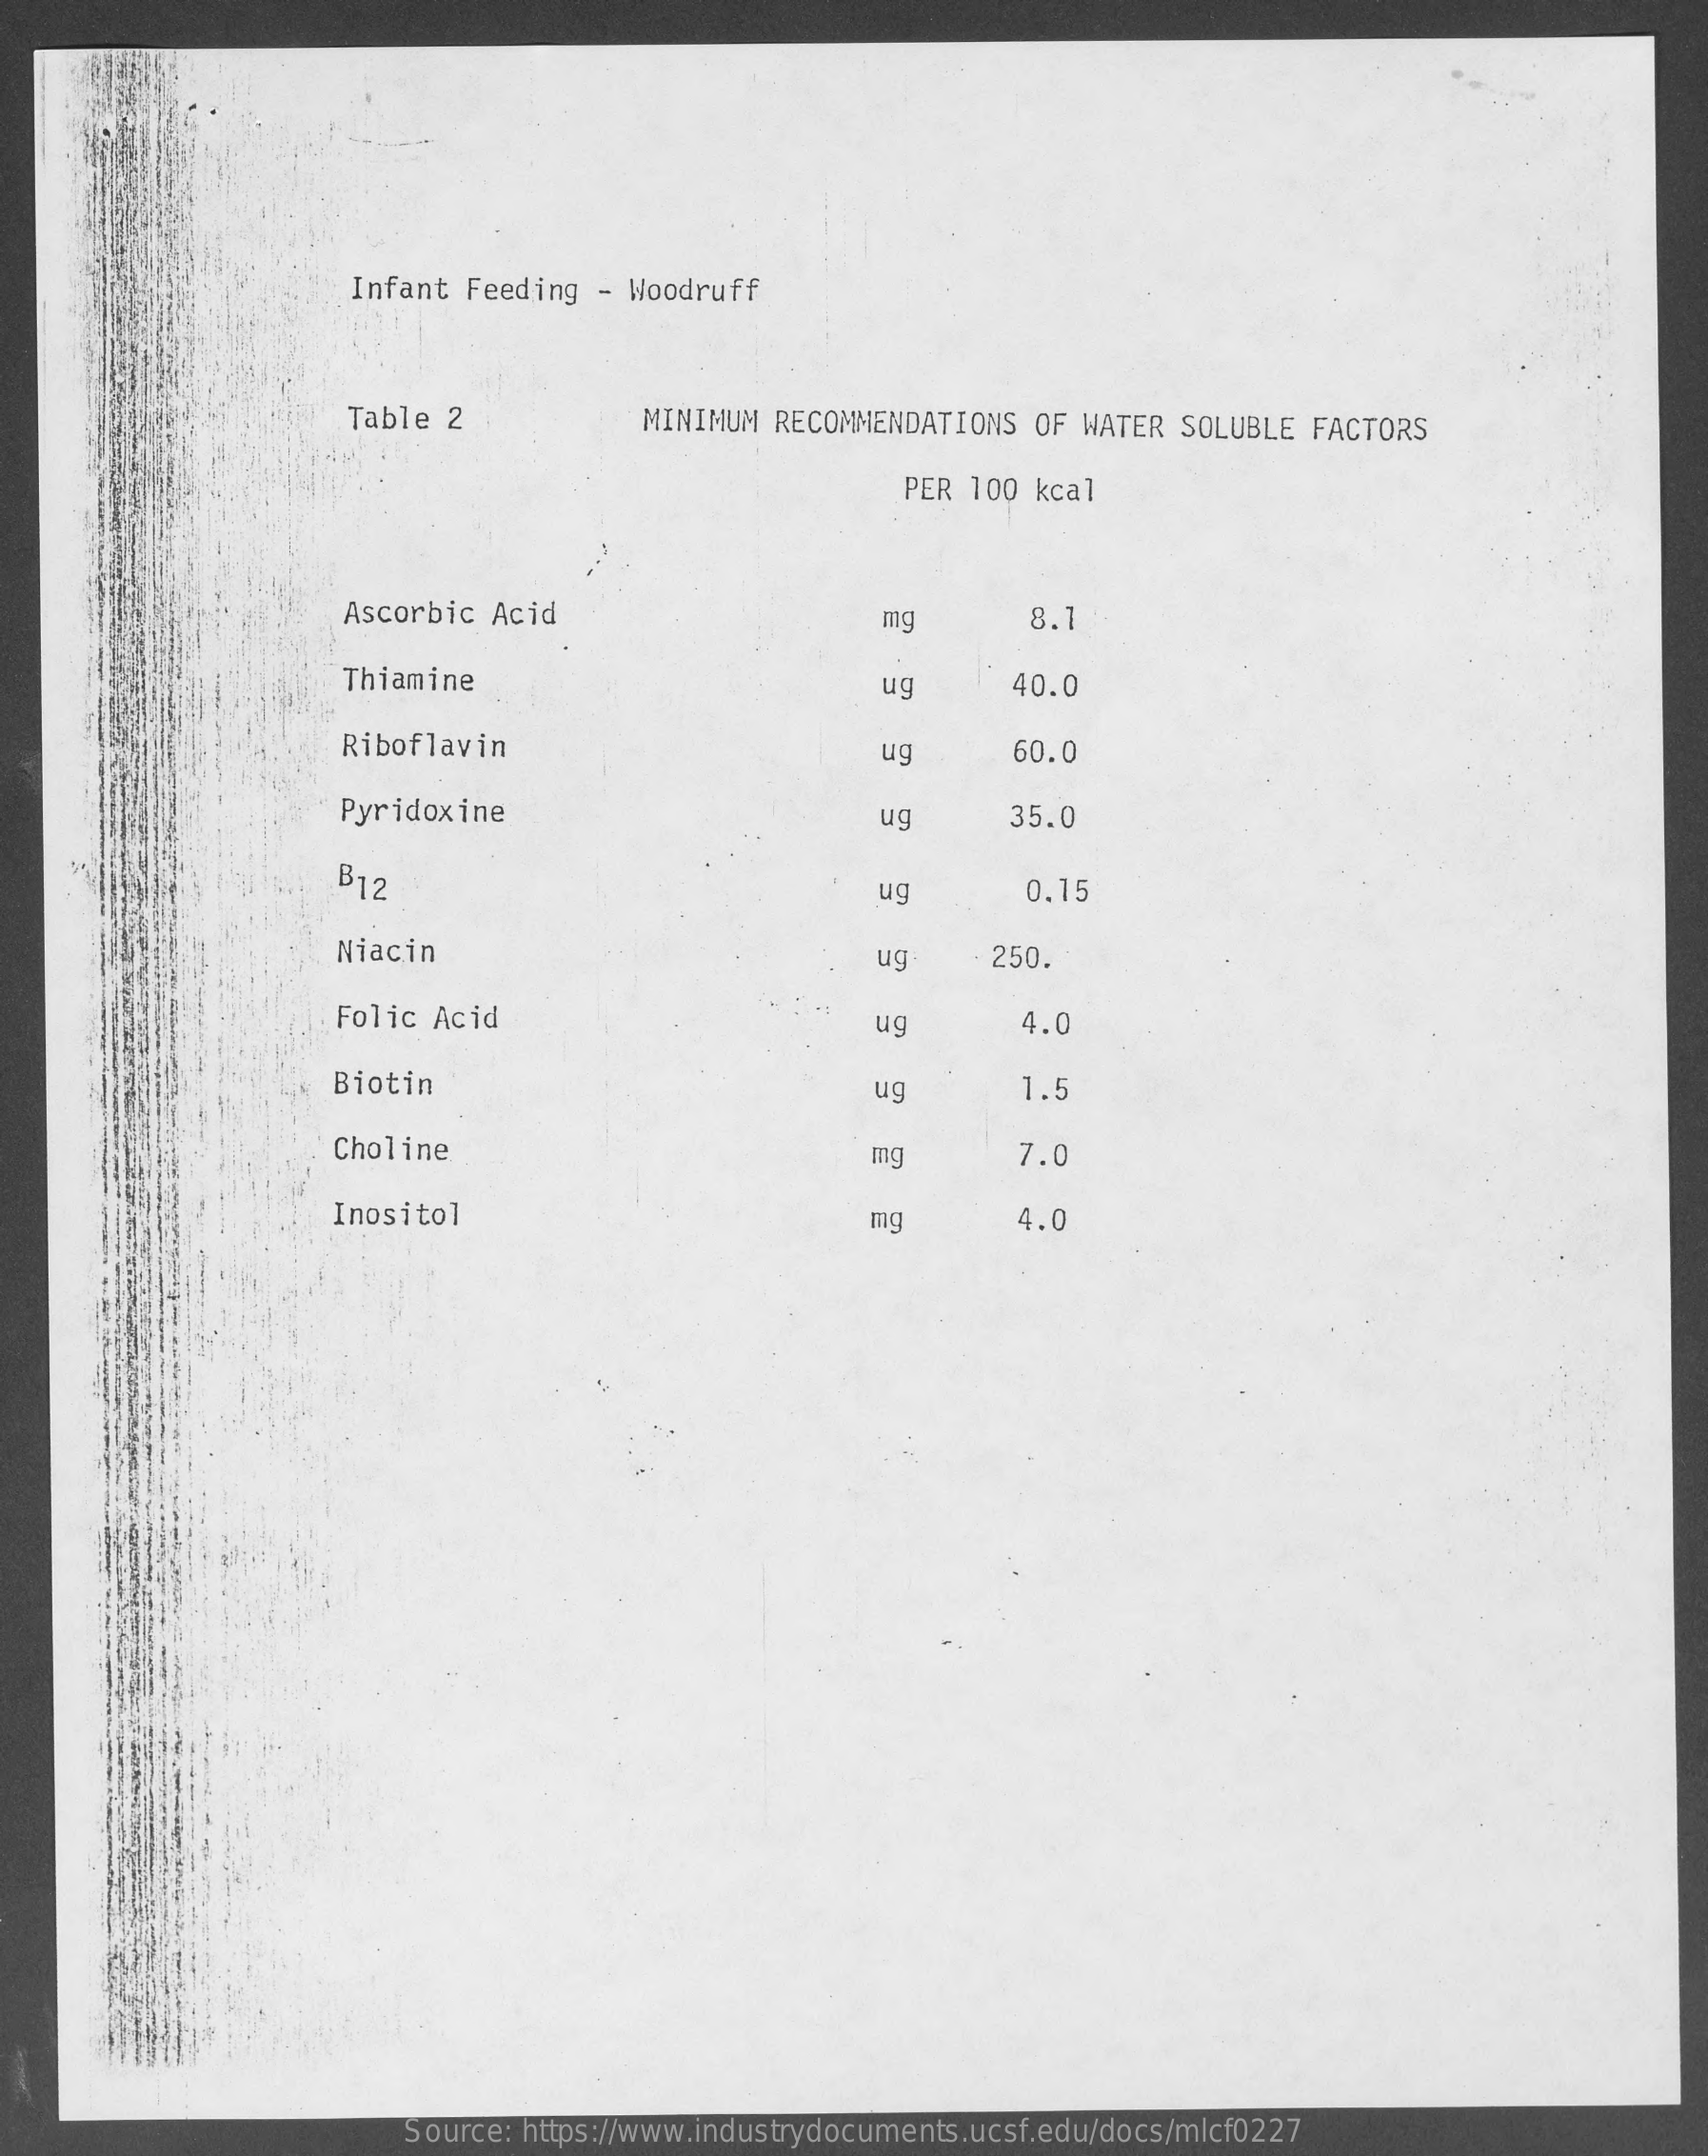
Infant Feeding  - Woodruff
     Table 2    MINIMUM  RECOMMENDATIONS  OF WATER  SOLUBLE FACTORS
     PER  100 kcal
     Ascorbic Acid    mg    8.1
     Thiamine    ug    40.0
     Riboflavin    ug    60.0
     Pyridoxine    ug    35.0
     B12    ug    0.15
     Niacin    ug    250.
     Folic  Acid    ug    4.0
     Biotin    ug    1.5
     Choline    mg    7.0
     Inositol    mg    4.0
     Source: https://www.industrydocuments.ucsf.edu/docs/mlcf0227